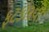
ફટકારવો